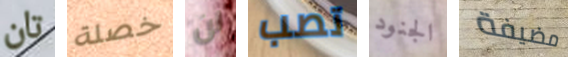
تان خصلة لن تصب الجنود مضيفة